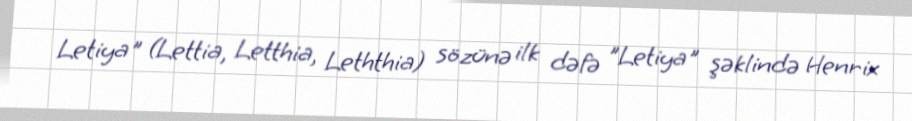
Letiya" (Lettia, Letthia, Leththia) sözünə ilk dəfə "Letiya" şəklində Henrix